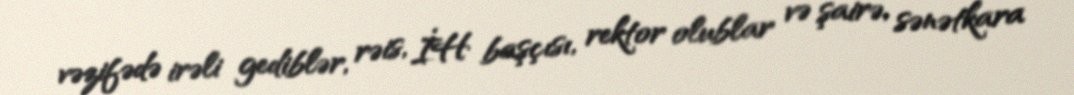
vəzifədə irəli gediblər, rəis, İH başçısı, rektor olublar və şairə, sənətkara